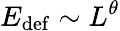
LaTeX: E_{\mathrm{def}}\sim L^{\theta}